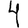
Digit: 4